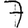
Digit: 7